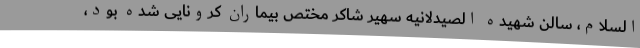
السلام، سالن شهیده الصیدلانیه سهیر شاکر مختص بیماران کرونایی شده بود،